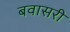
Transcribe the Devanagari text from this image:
बवासरी